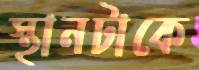
স্থানটাকে